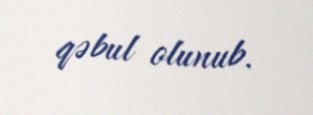
qəbul olunub.